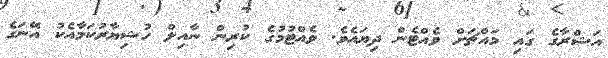
އަޝްރާގެ ގައި މައްޗަށް ވެއްޓެން ދިޔައެވެ. ވެއްޓުމުގެ ކުރިން ނާއިލް ހުޝިޔާރުކަމާއެކު އޭނަގެ